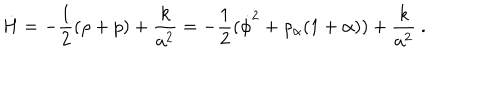
LaTeX: \dot { H } = - { \frac { 1 } { 2 } } ( \rho + p ) + { \frac { k } { a ^ { 2 } } } = - { \frac { 1 } { 2 } } ( \dot { \phi } ^ { 2 } + \rho _ { \alpha } ( 1 + \alpha ) ) + { \frac { k } { a ^ { 2 } } } \ .